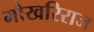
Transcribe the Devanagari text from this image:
मौखरिराज